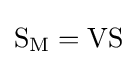
{\textrm {S}}_{\textrm {M}}={\textrm {VS}}